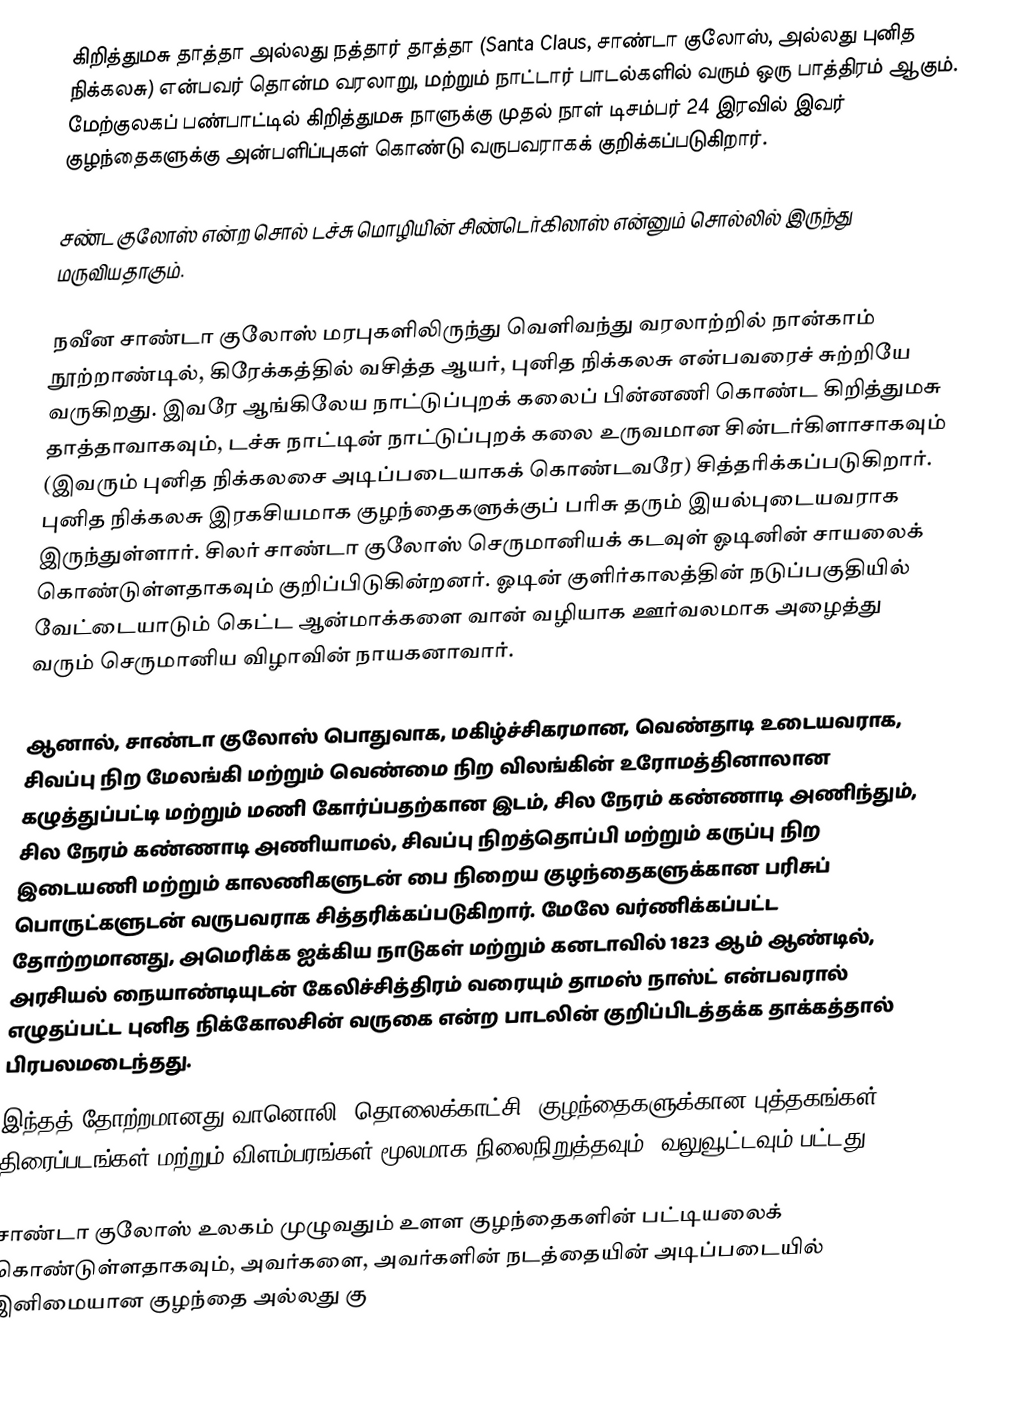
கிறித்துமசு தாத்தா அல்லது நத்தார் தாத்தா (Santa Claus, சாண்டா குலோஸ், அல்லது புனித நிக்கலசு) என்பவர் தொன்ம வரலாறு, மற்றும் நாட்டார் பாடல்களில் வரும் ஒரு பாத்திரம் ஆகும். மேற்குலகப் பண்பாட்டில் கிறித்துமசு நாளுக்கு முதல் நாள் டிசம்பர் 24 இரவில் இவர் குழந்தைகளுக்கு அன்பளிப்புகள் கொண்டு வருபவராகக் குறிக்கப்படுகிறார்.

சண்ட குலோஸ் என்ற சொல் டச்சு மொழியின் சிண்டெர்கிலாஸ் என்னும் சொல்லில் இருந்து மருவியதாகும்.

நவீன சாண்டா குலோஸ் மரபுகளிலிருந்து வெளிவந்து வரலாற்றில் நான்காம் நூற்றாண்டில், கிரேக்கத்தில் வசித்த  ஆயர், புனித நிக்கலசு என்பவரைச் சுற்றியே வருகிறது. இவரே ஆங்கிலேய நாட்டுப்புறக் கலைப் பின்னணி கொண்ட கிறித்துமசு தாத்தாவாகவும், டச்சு நாட்டின் நாட்டுப்புறக் கலை உருவமான சின்டர்கிளாசாகவும் (இவரும் புனித நிக்கலசை அடிப்படையாகக் கொண்டவரே) சித்தரிக்கப்படுகிறார். புனித நிக்கலசு இரகசியமாக குழந்தைகளுக்குப் பரிசு தரும் இயல்புடையவராக இருந்துள்ளார். சிலர் சாண்டா குலோஸ் செருமானியக் கடவுள் ஓடினின் சாயலைக் கொண்டுள்ளதாகவும் குறிப்பிடுகின்றனர். ஓடின் குளிர்காலத்தின் நடுப்பகுதியில் வேட்டையாடும் கெட்ட ஆன்மாக்களை வான் வழியாக ஊர்வலமாக அழைத்து வரும் செருமானிய விழாவின் நாயகனாவார்.

ஆனால், சாண்டா குலோஸ் பொதுவாக, மகிழ்ச்சிகரமான, வெண்தாடி உடையவராக, சிவப்பு நிற மேலங்கி மற்றும் வெண்மை நிற விலங்கின் உரோமத்தினாலான கழுத்துப்பட்டி மற்றும் மணி கோர்ப்பதற்கான இடம், சில நேரம் கண்ணாடி அணிந்தும், சில நேரம் கண்ணாடி அணியாமல், சிவப்பு நிறத்தொப்பி மற்றும் கருப்பு நிற இடையணி மற்றும் காலணிகளுடன் பை நிறைய குழந்தைகளுக்கான பரிசுப் பொருட்களுடன் வருபவராக சித்தரிக்கப்படுகிறார். மேலே வர்ணிக்கப்பட்ட தோற்றமானது, அமெரிக்க ஐக்கிய நாடுகள் மற்றும் கனடாவில் 1823 ஆம் ஆண்டில், அரசியல் நையாண்டியுடன் கேலிச்சித்திரம் வரையும் தாமஸ் நாஸ்ட் என்பவரால் எழுதப்பட்ட புனித நிக்கோலசின் வருகை என்ற  பாடலின் குறிப்பிடத்தக்க தாக்கத்தால் பிரபலமடைந்தது.
இந்தத் தோற்றமானது வானொலி, தொலைக்காட்சி, குழந்தைகளுக்கான புத்தகங்கள், திரைப்படங்கள் மற்றும் விளம்பரங்கள் மூலமாக நிலைநிறுத்தவும், வலுவூட்டவும் பட்டது.

சாண்டா குலோஸ் உலகம் முழுவதும் உளள குழந்தைகளின் பட்டியலைக் கொண்டுள்ளதாகவும், அவர்களை, அவர்களின் நடத்தையின் அடிப்படையில் இனிமையான குழந்தை அல்லது கு